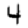
Digit: 4